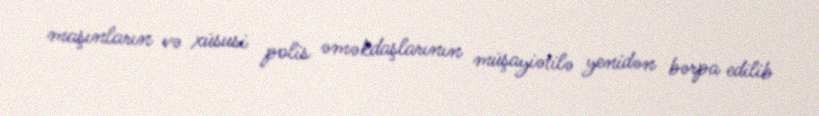
maşınların və xüsusi polis əməkdaşlarının müşayiətilə yenidən bərpa edilib